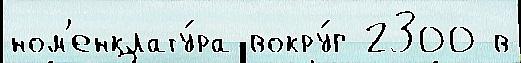
ном'енклату́ра вокру́г 2300 в